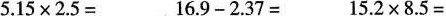
$$5.15\times2.5=$$ $$16.9-2.37=2.37=$$ $$15.2\times8.5=$$